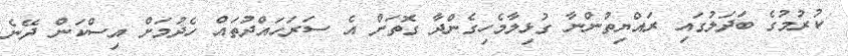
ކުރުމުގެ ބަދަލުގައި ރައްޔިތުންނާ ގުޅިލާމެހިގެންދާ ގޮތަށް އެ ސަރަހައްދުތައް ހެދުމަށް އިސްކަން ދޭނެ